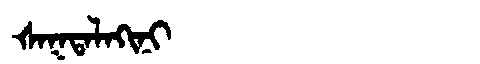
Manchu: ᡧᠠᡴᡨᠠᠯᠠᡴᡳᠨᡳ
Romanization: ŠAKTALAKINI